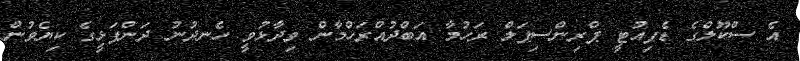
އެ ސްކޫލްގެ ޑެޕިއުޓީ ޕްރިންސިޕަލް ރަހުމާ އަބްދުއްރަހްމާން ވިދާޅުވީ ހެނދުނު ދަންފަޅީގެ ކިޔެވުން